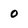
Character: O